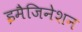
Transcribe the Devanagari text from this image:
इमैजिनेशन